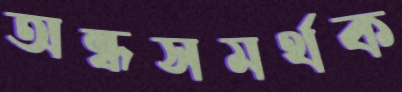
অন্ধসমর্থক